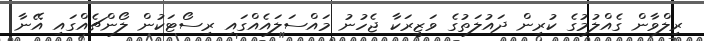
ރިލްވާން ގެއްލުމުގެ ކުރިން ދައުލަތުގެ ވަޒީރަކާ ޖެހުނު މައްސަލައެއްގައި ރިސޯޓަކުން ލޯންޗެއްގައި އޭނާ